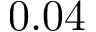
0 . 0 4